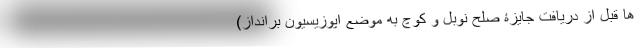
ها قبل از دریافت جایزۀ صلح نوبل و کوچ به موضع اپوزیسیون برانداز)